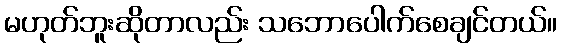
မဟုတ်ဘူးဆိုတာလည်း သဘောပေါက်စေချင်တယ်။